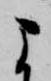
よ